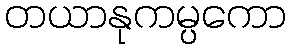
တယာနုကမ္ပကော